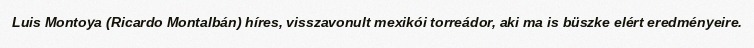
Luis Montoya (Ricardo Montalbán) híres, visszavonult mexikói torreádor, aki ma is büszke elért eredményeire.